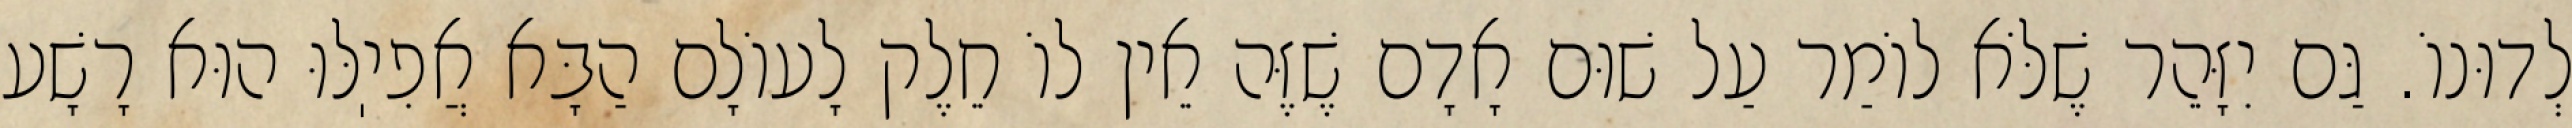
לְדוּנוֹ. גַּם יִזָּהֵר שֶׁלֹּא לוֹמַר עַל שׁוּם אָדָם שֶׁזֶּה אֵין לוֹ חֵלֶק לָעוֹלָם הַבָּא אֲפִיֽלּוּ הוּא רָשָׁע